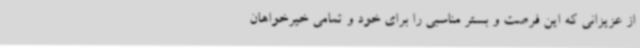
از عزیزانی که این فرصت و بستر مناسبی را برای خود و تمامی خیرخواهان